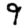
Digit: 9